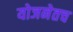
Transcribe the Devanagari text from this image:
योजनेतच